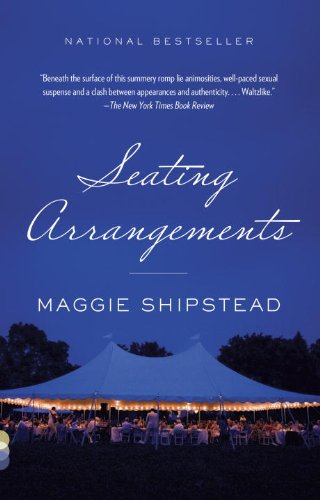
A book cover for Seating Arrangements (Vintage Contemporaries); Maggie Shipstead; Literature & Fiction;